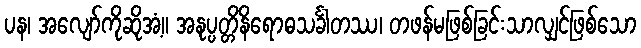
ပန၊ အလျော်ကိုဆိုအံ့။ အနုပ္ပတ္တိနိရောဓသင်္ခါတဿ၊ တဖန်မဖြစ်ခြင်းသာလျှင်ဖြစ်သော